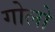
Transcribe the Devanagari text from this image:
गोलो